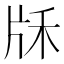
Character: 𤖱